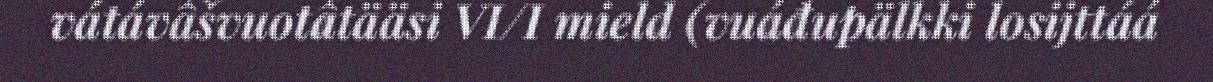
vátávâšvuotâtääsi VI/I mield (vuáđupälkki losijttáá